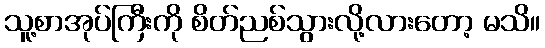
သူ့စာအုပ်ကြီးကို စိတ်ညစ်သွားလို့လားတော့ မသိ။